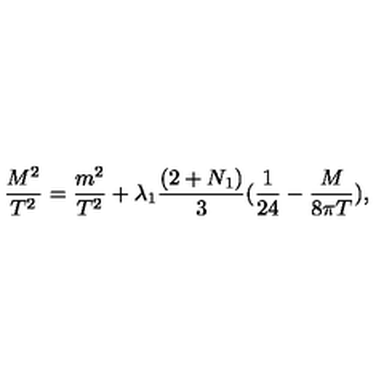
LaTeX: \frac { M ^ { 2 } } { T ^ { 2 } } = \frac { m ^ { 2 } } { T ^ { 2 } } + \lambda _ { 1 } \frac { ( 2 + N _ { 1 } ) } { 3 } ( \frac { 1 } { 2 4 } - \frac { M } { 8 \pi T } ) ,